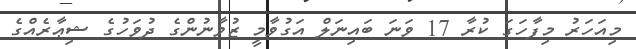
މިއަހަރު މިފާހަގަ ކުރާ 17 ވަނަ ބައިނަލް އަގުވާމީ ޒުވާނުންގެ ދުވަހުގެ ޝިޢާރެއްގެ